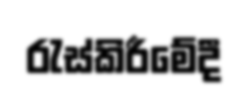
රැස්කිරීමේදී